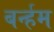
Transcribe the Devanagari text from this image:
बर्न्हम